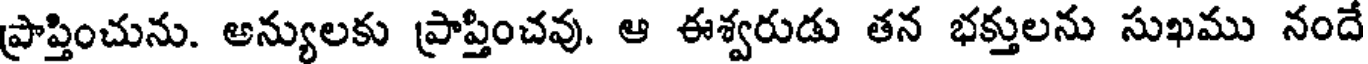
ప్రాప్తించును. అన్యులకు ప్రాప్తించవు. ఆ ఈశ్వరుడు తన భక్తులను సుఖము నందే